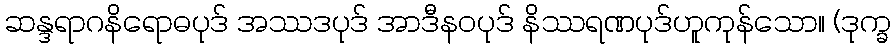
ဆန္ဒရာဂနိရောဓပုဒ် အဿဒပုဒ် အာဒီနဝပုဒ် နိဿရဏပုဒ်ဟူကုန်သော။ (ဒုက္ခ